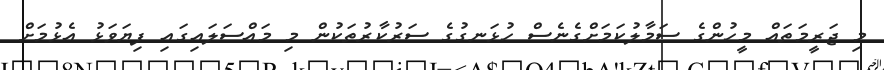
މި ޖަރީމަތައް މީހުންގެ ސަމާލުކަމަށްގެނެސް ހުޅަނގުގެ ސަރުކާރުތަކުން މި މައްސަލައިގައި ފިޔަވަޅު އެޅުމަށް